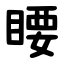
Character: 䁏